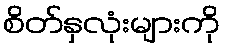
စိတ်နှလုံးများကို